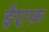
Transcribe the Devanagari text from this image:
ईएफ़